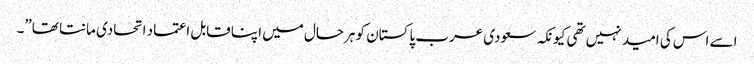
اسے اس کی امید نہیں تھی کیونکہ سعودی عرب پاکستان کو ہرحال میں اپنا قابل اعتماد اتحادی مانتا تھا”۔